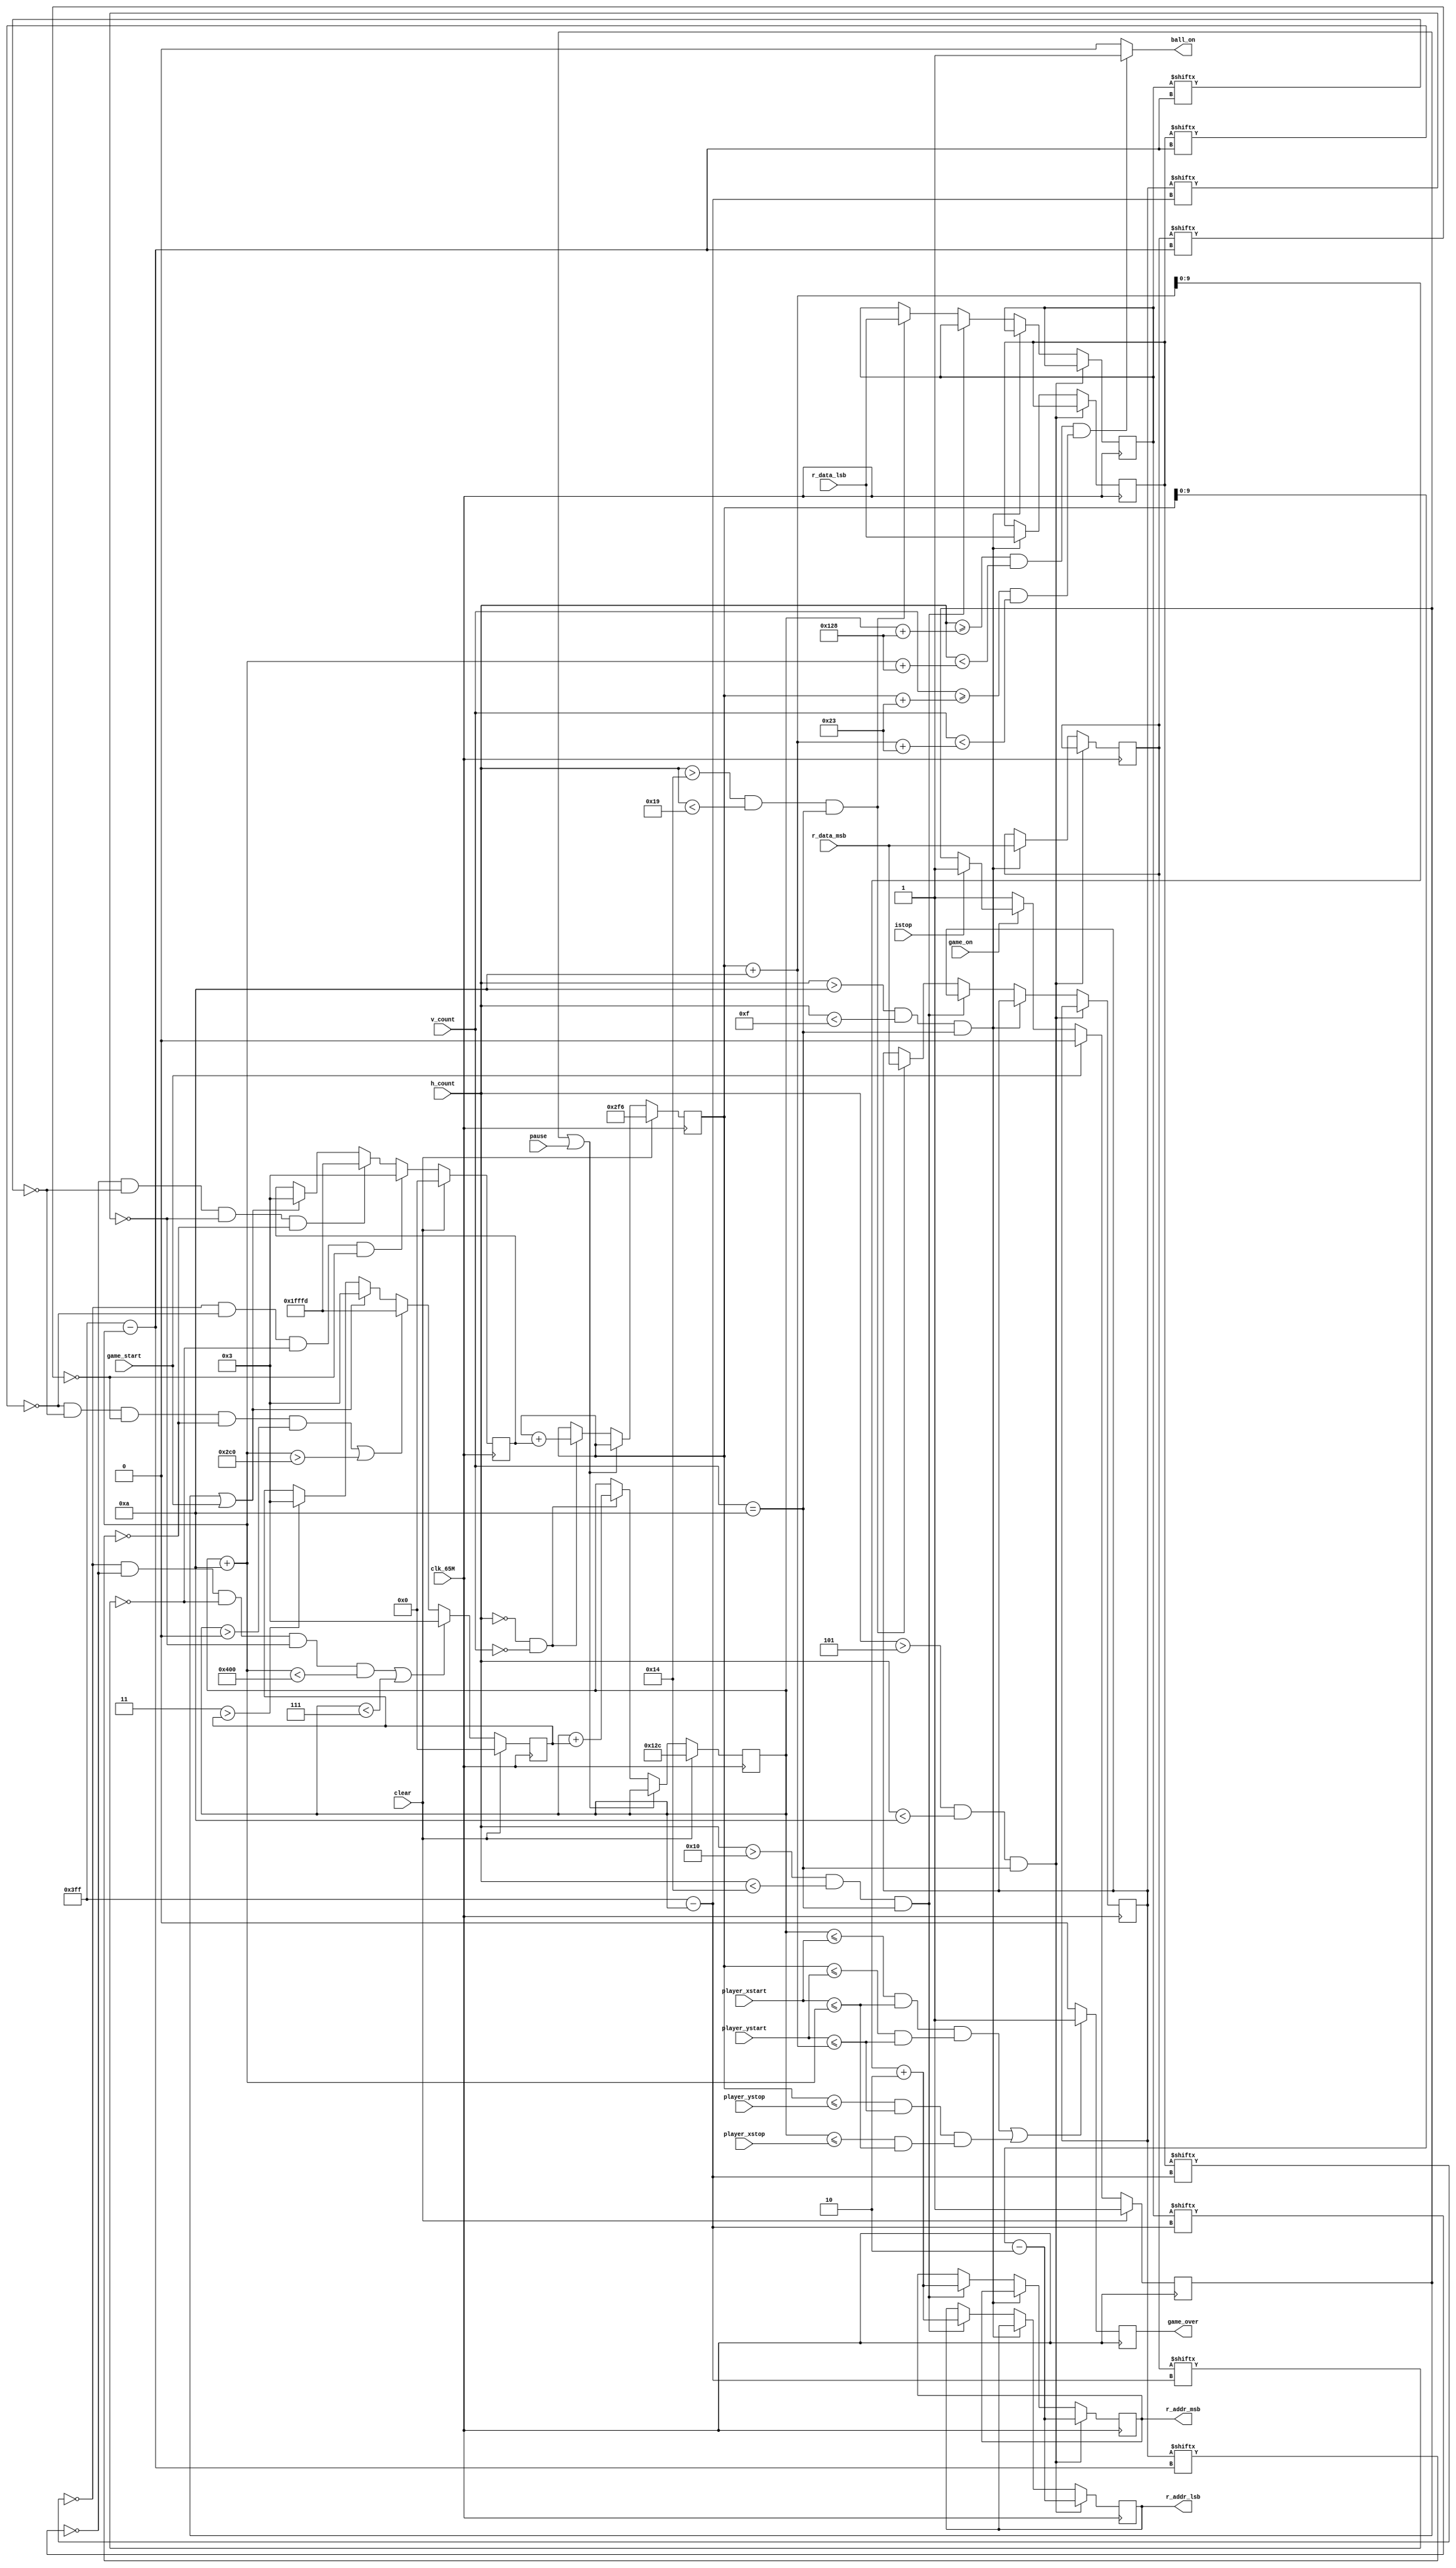
`timescale 1ns / 1ps
//////////////////////////////////////////////////////////////////////////////////
// Company: 
// Engineer: 
// 
// Design Name: 
// Module Name: ball_on_module
// Project Name: 
// Target Devices: 
// Tool Versions: 
// Description: 
// 
// Dependencies: 
// 
// Revision:
// Revision 0.01 - File Created
// Additional Comments:
// 
//////////////////////////////////////////////////////////////////////////////////


module ball_on_module_inv           //module for ennemy ball which moves in shaded area
(
    input clk_65M, input clear, input [16:0] h_count, input pause,
    input [16:0] v_count, input game_start, input game_on, input istop,
    input [0:1023] r_data_lsb ,input [0:1023] r_data_msb,
    input [16:0] player_xstart,player_ystart,player_xstop,player_ystop,
    output reg [9:0] r_addr_lsb, output reg [9:0] r_addr_msb,
    output game_over, output reg ball_on
);
    
    
    reg game_over_next , game_over_reg;
    assign game_over = game_over_reg;
    
    always @(posedge clk_65M)
        game_over_reg <= game_over_next;
        
    
    parameter HPIXELS = 1344;
    parameter VLINES = 806;
    parameter HBP = 296;
    parameter HFP = 1320;
    parameter VBP = 35;
    parameter VFP = 803;
    parameter HSP = 136;
    parameter VSP = 6;
    parameter HSCREEN = 1024;
    parameter VSCREEN = 768;
    
    parameter XSTART_POSITION = 300;
    parameter YSTART_POSITION = 758;
    parameter BALL_SIZE = 10;
    parameter BALL_DEFAULT_VELOCITY = 3;
    

    
    reg [0:1023] doutb1_up_lsb, doutb1_up_msb, doutb1_down_lsb, doutb1_down_msb;
    wire [9:0] r_addr1_up_lsb, r_addr1_up_msb, r_addr1_down_lsb, r_addr1_down_msb;
    //reg [1:0] PS,NS;
    always @(posedge clk_65M)
    begin
        if(h_count >5 && h_count <10 && v_count==10)
            begin
                r_addr_msb <= r_addr1_up_msb;
                r_addr_lsb <= r_addr1_up_lsb;
            end
        else if(h_count >10 && h_count <15 && v_count==10)
            begin
                doutb1_up_lsb <= r_data_lsb;        //bram data output at r_addr1_msb
                doutb1_up_msb <= r_data_msb;        //bram data output at r_addr1_lsb
            end
        else if(h_count >16 && h_count <20 && v_count==10)
            begin
                r_addr_msb <= r_addr1_down_msb;
                r_addr_lsb <= r_addr1_down_lsb;
            end
        else if(h_count >20 && h_count <25 && v_count==10)
            begin
                doutb1_down_lsb <= r_data_lsb;      //bram data output at r_addr2_lsb
                doutb1_down_msb <= r_data_msb;      //bram data output at r_addr2_msb
            end
    end
    
    reg game_stop;
    wire [16:0] ball_xstart, ball_ystart, ball_xstop, ball_ystop;
    
    //ball_on is one when electron beam is in ball region
    always @(*)
    begin
        if (((h_count >= ball_xstart+HBP) && (h_count < ball_xstop+HBP)) && ((v_count >= ball_ystart+VBP) && (v_count < ball_ystop+VBP)))
            ball_on = 1;
        else
            ball_on = 0;
    end
    
    reg [16:0] ball_xstart_reg, ball_ystart_reg, ball_xstart_next, ball_ystart_next;
    assign ball_xstart = ball_xstart_reg;
    assign ball_xstop = ball_xstart_reg + BALL_SIZE;
    assign ball_ystart = ball_ystart_reg;
    assign ball_ystop = ball_ystart_reg + BALL_SIZE;
    
    assign r_addr1_up_lsb = ball_ystart-2;
    assign r_addr1_up_msb = ball_ystart-2;
    assign r_addr1_down_lsb = ball_ystop+2;
    assign r_addr1_down_msb = ball_ystop+2;
    
    always @(posedge clk_65M)
    begin
        if (clear == 1'b1)
        begin
            ball_xstart_reg <= XSTART_POSITION;
            ball_ystart_reg <= YSTART_POSITION;
        end
        else
        begin
            ball_xstart_reg <= ball_xstart_next;
            ball_ystart_reg <= ball_ystart_next;
        end
    end
    
    wire refr_tick;
    assign refr_tick = ((h_count == 0) && (v_count == 0));
    
    reg [16:0] ball_xstart_delta_reg, ball_ystart_delta_reg;
    reg [16:0] ball_xstart_delta_next, ball_ystart_delta_next;
    
    always @(*)
    begin
        ball_xstart_next = ball_xstart_reg;
        if (game_stop | pause)
            ball_xstart_next = ball_xstart_reg;
        else if (refr_tick == 1)
            ball_xstart_next = ball_xstart_reg + ball_xstart_delta_reg;
    end
    
    always @(*)
    begin
        ball_ystart_next = ball_ystart_reg;
        if (game_stop | pause)
            ball_ystart_next = ball_ystart_reg;
        else if (refr_tick == 1)
            ball_ystart_next = ball_ystart_reg + ball_ystart_delta_reg;
    end
    
    always @(posedge clk_65M)
    begin
        if (clear == 1)
        begin
            ball_xstart_delta_reg <= 0;
            ball_ystart_delta_reg <= 0;
        end
        else
        begin
            ball_xstart_delta_reg <= ball_xstart_delta_next;
            ball_ystart_delta_reg <= ball_ystart_delta_next;
        end
    end
    
//    always @(*)
//    begin
//        if ((doutb1_up_msb[ball_xstart] & ~doutb1_up_lsb[ball_xstart] & doutb1_down_msb[ball_xstart] & ~doutb1_down_lsb[ball_xstart])
//            | (doutb1_up_msb[ball_xstop] & ~doutb1_up_lsb[ball_xstop] & doutb1_down_msb[ball_xstop] & ~doutb1_down_lsb[ball_xstop]))
            
//            game_over_next = 1'b1;
        
//        else
        
//            game_over_next = 1'b0; 
//    end
    always@(*)
    begin
        if(((ball_xstart<=player_xstart & player_xstart<=ball_xstop) & (ball_ystart<=player_ystart & player_ystart<=ball_ystop)) | 
        ((ball_ystart<=player_ystop & player_ystart<=ball_ystop) & (ball_xstart<=player_xstop & player_xstart<=ball_xstop)))
         begin
            game_over_next=1'b1;
         end
         else
         begin
            game_over_next=1'b0;
         end
    end
    
    reg [16:0] ball_velocity_reg = BALL_DEFAULT_VELOCITY;
    always @(*)
    begin
        ball_xstart_delta_next = ball_xstart_delta_reg;
        if ((~doutb1_up_lsb[ball_xstart] & ~doutb1_down_lsb[ball_xstart] & ~doutb1_up_msb[ball_xstart] & ~doutb1_down_msb[ball_xstart] & ball_xstop<HSCREEN)            //collision check of ball while moving right here
             | ball_xstart < 7 )
            ball_xstart_delta_next = ball_velocity_reg;     //ball go right
        else if((~doutb1_up_lsb[ball_xstop] & ~doutb1_down_lsb[ball_xstop] & ~doutb1_up_msb[ball_xstop] & ~doutb1_down_msb[ball_xstop] & ball_xstart>0)                 //collision check of ball while moving right here
                 | ball_xstop > HSCREEN-320 )
            ball_xstart_delta_next = -ball_velocity_reg;    //ball go left
        else if (game_stop == 1 || game_start == 1)
            ball_xstart_delta_next = BALL_DEFAULT_VELOCITY;
        else if (ball_velocity_reg > ball_xstart_delta_reg)
            ball_xstart_delta_next = ball_velocity_reg;
    end
    
    always @(*)
    begin
        ball_ystart_delta_next = ball_ystart_delta_reg;
        if ((~doutb1_up_lsb[ball_xstart] & ~doutb1_up_lsb[ball_xstop] & ~doutb1_up_msb[ball_xstart] & ~doutb1_up_msb[ball_xstop]))      //collision check of ball while moving up here
            ball_ystart_delta_next = ball_velocity_reg;                             //ball go downward
        else if ((~doutb1_down_lsb[ball_xstart] & ~doutb1_down_lsb[ball_xstop] & ~doutb1_down_msb[ball_xstart] & ~doutb1_down_msb[ball_xstop]))     //collision check of ball while moving up here
            ball_ystart_delta_next = -ball_velocity_reg;                            //ball go upward                                     
        else if (game_stop == 1 || game_start == 1)
            ball_ystart_delta_next = BALL_DEFAULT_VELOCITY;
    end
    
    always @(posedge clk_65M)
    begin
        if (clear == 1)
            game_stop = 1;
        else if (game_start == 1)
            game_stop = 0;
        else if (game_on == 0)
            game_stop = 1;
        else if(istop)
            game_stop = 1;
    end
    
endmodule